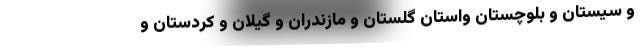
و سیستان و بلوچستان واستان گلستان و مازندران و گیلان و کردستان و